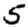
Digit: 5